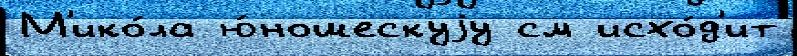
М'ико́ла ю́ношескуjу см исхо́д'ит